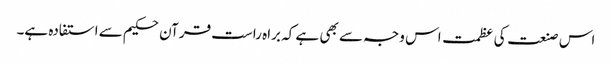
اس صنعت کی عظمت اس وجہ سے بھی ہے کہ براہ راست قرآن حکیم سے استفادہ ہے۔